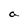
Character: a